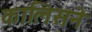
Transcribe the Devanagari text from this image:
कालिसने